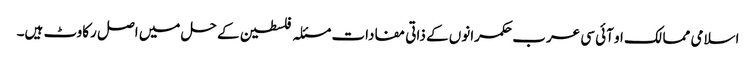
اسلامی ممالک او آئی سی عرب حکمرانوں کے ذاتی مفادات مسئلہ فلسطین کے حل میں اصل رکاوٹ ہیں۔